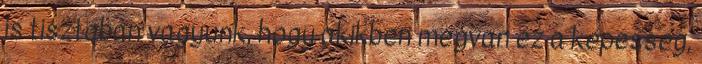
is tisztában vagyunk, hogy akikben megvan ez a képesség,